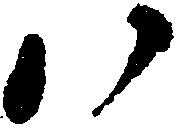
八